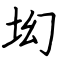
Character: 㘭